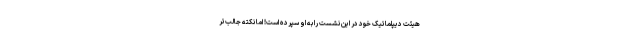
هیئت دیپلماتیک خود در این نشست را به او سپرده است! اما نکته جالب‌تر